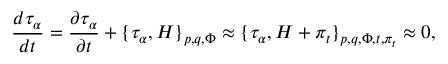
{ \frac { d { \tau _ { \alpha } } } { d t } } = \frac { \partial \tau _ { \alpha } } { \partial t } + \{ \tau _ { \alpha } , H \} _ { p , q , \Phi } \approx \{ \tau _ { \alpha } , H + \pi _ { t } \} _ { p , q , \Phi , t , \pi _ { t } } \approx 0 ,